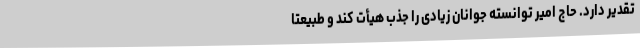
تقدیر دارد. حاج امیر توانسته جوانان زیادی را جذب هیأت کند و طبیعتاً